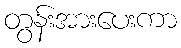
တွန်းအားပေးကာ